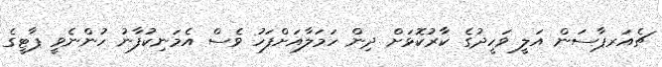
ޗެއަރޕާސަން އަލީ ވަހީދުގެ ކާރުކޮޅަށް ދިން ހަމަލާއަށްފަހު ވެސް އެމަނިކުފާނު ހުންނެވީ ޕާޓީގެ